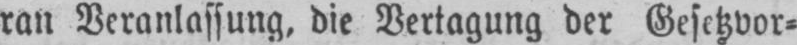
ran Veranlassung, die Vertagung der Gesetzvor⸗